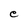
Character: e